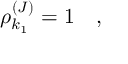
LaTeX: \rho _ { k _ { 1 } } ^ { ( J ) } = 1 \quad ,